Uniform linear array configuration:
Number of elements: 16
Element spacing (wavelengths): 0.75
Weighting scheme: exponential
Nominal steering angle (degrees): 15
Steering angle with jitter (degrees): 15.267
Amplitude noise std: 0.05
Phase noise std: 0.05

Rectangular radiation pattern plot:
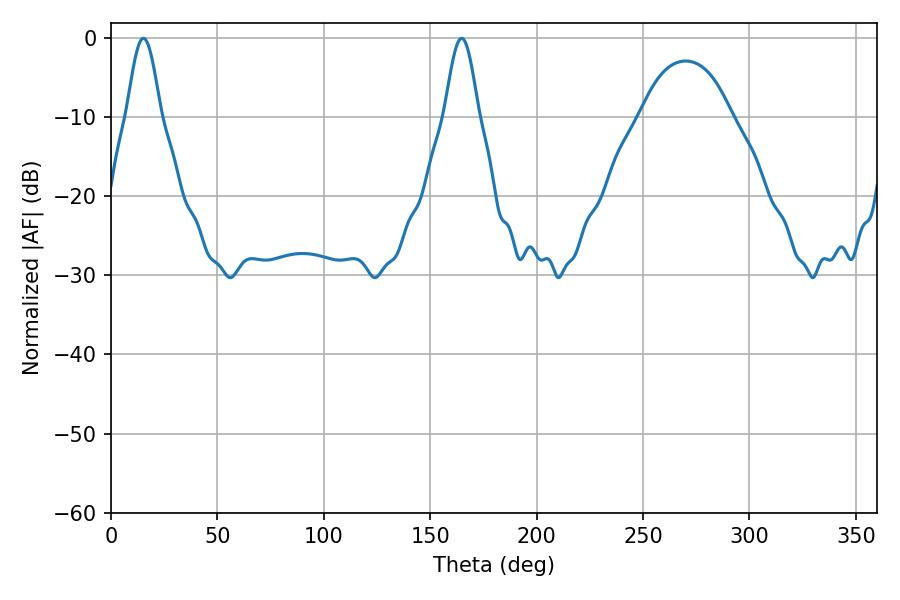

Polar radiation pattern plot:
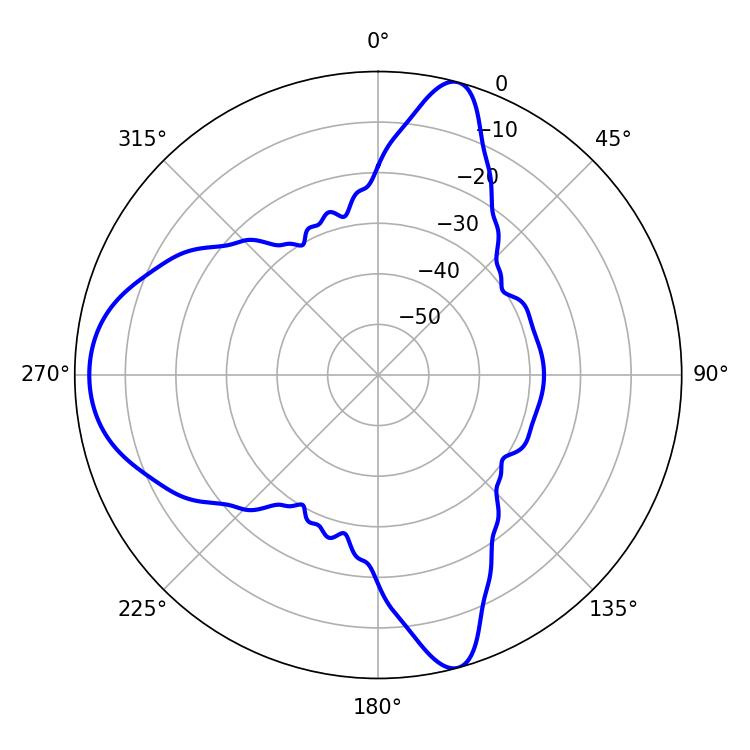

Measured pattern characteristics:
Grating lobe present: TRUE
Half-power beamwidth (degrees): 8.46
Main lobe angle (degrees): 15.3